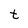
Character: t